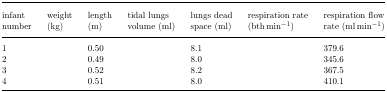
<table><thead><tr><td><b>infant number</b></td><td><b>weight (kg)</b></td><td><b>length (m)</b></td><td><b>tidal lungs volume (ml)</b></td><td><b>lungs dead space (ml)</b></td><td><b>respiration rate (bth min<sup>−1</sup>)</b></td><td><b>respiration flow rate (ml min<sup>−1</sup>)</b></td></tr></thead><tbody><tr><td>1</td><td>[EMPTY_CELL]</td><td>0.50</td><td>[EMPTY_CELL]</td><td>8.1</td><td>[EMPTY_CELL]</td><td>379.6</td></tr><tr><td>2</td><td>[EMPTY_CELL]</td><td>0.49</td><td>[EMPTY_CELL]</td><td>8.0</td><td>[EMPTY_CELL]</td><td>345.6</td></tr><tr><td>3</td><td>[EMPTY_CELL]</td><td>0.52</td><td>[EMPTY_CELL]</td><td>8.2</td><td>[EMPTY_CELL]</td><td>367.5</td></tr><tr><td>4</td><td>[EMPTY_CELL]</td><td>0.51</td><td>[EMPTY_CELL]</td><td>8.0</td><td>[EMPTY_CELL]</td><td>410.1</td></tr></tbody></table>